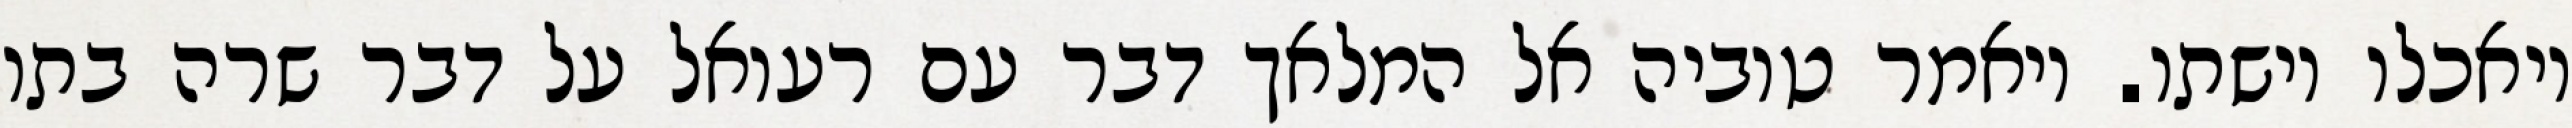
ויאכלו וישתו. ויאמר טוביה אל המלאך דבר עם רעואל על דבר שרה בתו